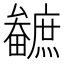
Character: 𤳼